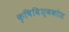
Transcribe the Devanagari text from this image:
कृषिविश्वकोश